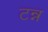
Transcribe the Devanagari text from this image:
टन्न